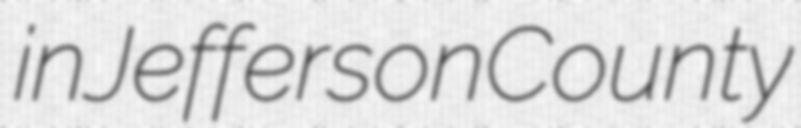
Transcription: in Jefferson County